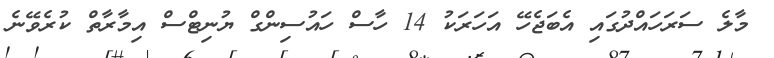
މާލެ ސަރަހައްދުގައި އެބަޖެހޭ އަހަރަކު 14 ހާސް ހައުސިންގް ޔުނިޓްސް އިމާރާތް ކުރެވޭނެ